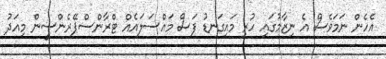
އެހެން ނަމަވެސް އެ ނިޒާމުގައި ހުރި މައިގަނޑު ފަސް މައްސަލައެއް ޓްރާންސްޕޭރެންސީން މިއަދު